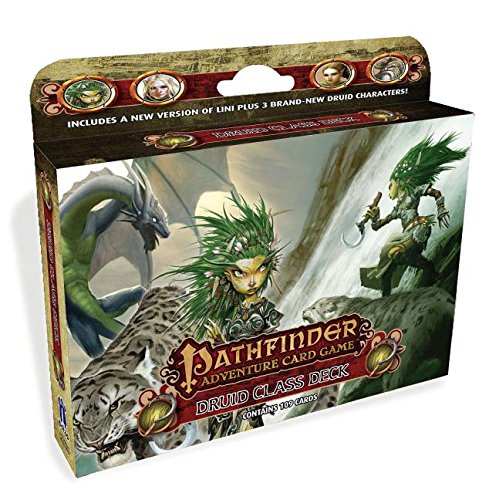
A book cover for Pathfinder Adventure Card Game: Class Deck - Druid; Tanis O'connor; Science Fiction & Fantasy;